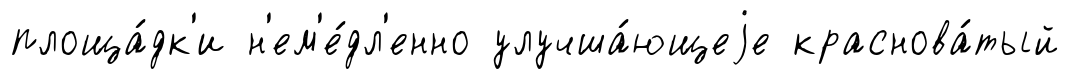
площа́дк'и н'ем'е́дл'енно улучша́ющеjе краснова́тый